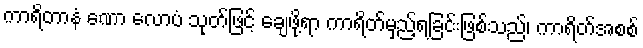
ကာရိတာနံ ဏော လောပံ သုတ်ဖြင့် ချေဖို့ရာ ကာရိတ်မှည့်ရခြင်းဖြစ်သည်၊ ကာရိတ်အစစ်